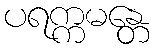
ပရက္ကမန္တေ